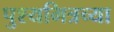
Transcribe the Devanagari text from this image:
पुश्यमित्रच्या